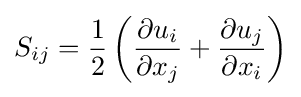
S_{ij}={\frac {1}{2}}\left({\frac {\partial u_{i}}{\partial x_{j}}}+{\frac {\partial u_{j}}{\partial x_{i}}}\right)